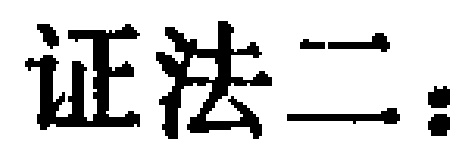
证法二：